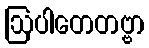
ဩပါတေတဗ္ဗာ